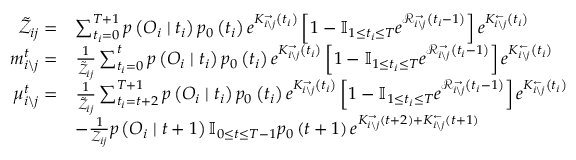
\begin{array} { r l } { \tilde { \mathcal { Z } } _ { i j } = } & { \sum _ { t _ { i } = 0 } ^ { T + 1 } p \left( \boldsymbol { O } _ { i } \mid t _ { i } \right) p _ { 0 } \left( t _ { i } \right) e ^ { K _ { i \backslash j } ^ { \rightarrow } \left( t _ { i } \right) } \left[ 1 - \mathbb { I } _ { 1 \leq t _ { i } \leq T } e ^ { \mathcal { R } _ { i \backslash j } ^ { \rightarrow } \left( t _ { i } - 1 \right) } \right] e ^ { K _ { i \backslash j } ^ { \leftarrow } \left( t _ { i } \right) } } \\ { m _ { i \backslash j } ^ { t } = } & { \frac { 1 } { \tilde { \mathcal { Z } } _ { i j } } \sum _ { t _ { i } = 0 } ^ { t } p \left( \boldsymbol { O } _ { i } \mid t _ { i } \right) p _ { 0 } \left( t _ { i } \right) e ^ { K _ { i \backslash j } ^ { \rightarrow } \left( t _ { i } \right) } \left[ 1 - \mathbb { I } _ { 1 \leq t _ { i } \leq T } e ^ { \mathcal { R } _ { i \backslash j } ^ { \rightarrow } \left( t _ { i } - 1 \right) } \right] e ^ { K _ { i \backslash j } ^ { \leftarrow } \left( t _ { i } \right) } } \\ { \mu _ { i \backslash j } ^ { t } = } & { \frac { 1 } { \tilde { \mathcal { Z } } _ { i j } } \sum _ { t _ { i } = t + 2 } ^ { T + 1 } p \left( \boldsymbol { O } _ { i } \mid t _ { i } \right) p _ { 0 } \left( t _ { i } \right) e ^ { K _ { i \backslash j } ^ { \rightarrow } \left( t _ { i } \right) } \left[ 1 - \mathbb { I } _ { 1 \leq t _ { i } \leq T } e ^ { \mathcal { R } _ { i \backslash j } ^ { \rightarrow } \left( t _ { i } - 1 \right) } \right] e ^ { K _ { i \backslash j } ^ { \leftarrow } \left( t _ { i } \right) } } \\ & { - \frac { 1 } { \mathcal { Z } _ { i j } } p \left( \boldsymbol { O } _ { i } \mid t + 1 \right) \mathbb { I } _ { 0 \leq t \leq T - 1 } p _ { 0 } \left( t + 1 \right) e ^ { K _ { i \backslash j } ^ { \rightarrow } \left( t + 2 \right) + K _ { i \backslash j } ^ { \leftarrow } \left( t + 1 \right) } } \end{array}